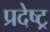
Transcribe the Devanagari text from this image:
प्रदेष्ट्र